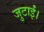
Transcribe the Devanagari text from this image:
जुटाईं।